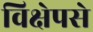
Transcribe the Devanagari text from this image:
विक्षेपसे